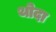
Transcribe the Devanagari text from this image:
थोदा